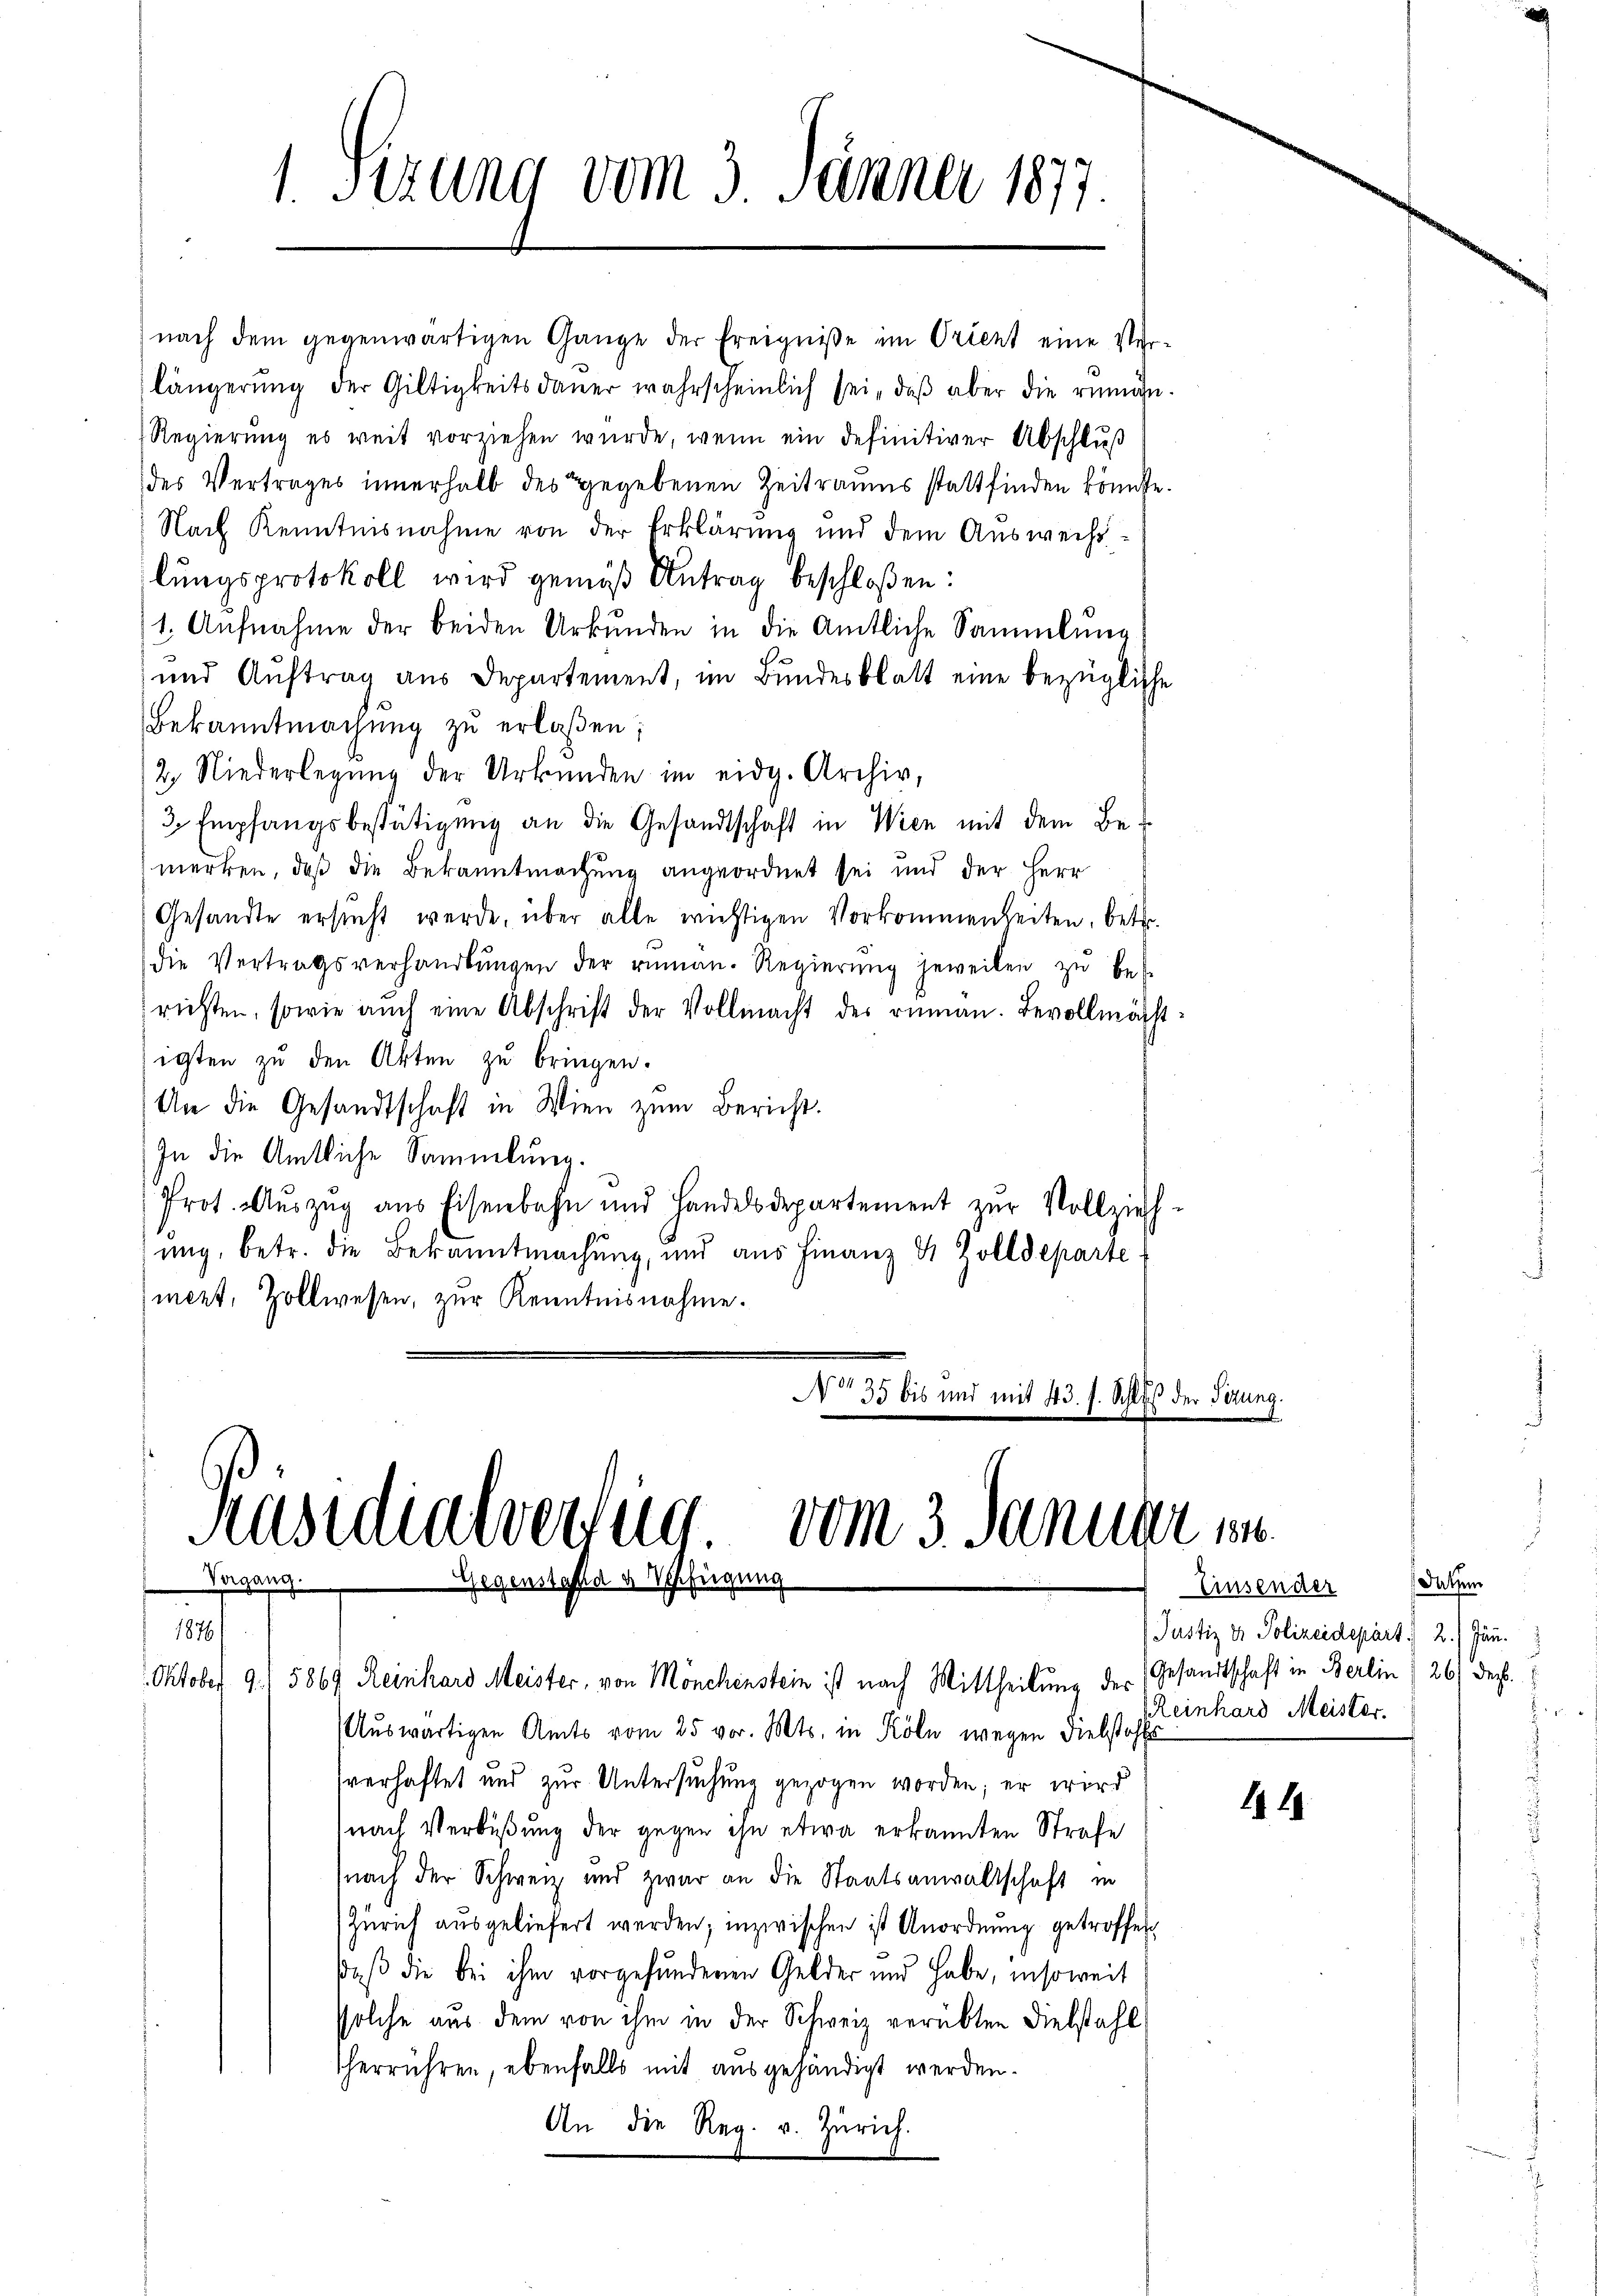
1. Sizung vom 3. Jänner 1877.

nach dem gegenwärtigen Gange der Ereigniße im Orient eine Ver-
längerŭng der Gültigkeitsdaŭer wahrscheinlich sei, daß aber die rumän¬
Regierung es weit vorziehen wurde, wenn ein definitiver Abschluß
des Vertrages innerhalb des gegebenen Zeitraums stattfinden könnte.
Nach Kenntnisnahme von der Erklärung und dem Auswechslungsprotokoll wird gemäß Antrag beschloßen:
1. Aufnahme der beiden Urkunden in die Amtliche Sammlung
und Auftrag aus Departement, im Bundesblatt eine bezügliche
Bekanntmachung zŭ erlaßen;
2. Niederlegŭng der Urkunden im eidg. Archiv,
3. Empfangsbestätigung an die Gesandtschaft in Wien mit dem Be-
merken, daß die Bekanntmachung angeordnet sei und der Herr
Gesandte ersucht werde, über alle wichtigen Vorkommenheiten, betr.
die Vertragsverhandlŭngen der riman. Regierŭng jeweilen zŭ be-
richten, sowie aŭch eine Abschrift der Vollmacht des riman. Bevollmächt
igten zu den Akten zu bringen.
An die Gesandtschaft in Wien zum Bericht.
In die Amtliche Sammlung.
Prot. Aŭszŭg aŭs Eisenbahn und Handelsdepartement zŭr Vollzieh-
ung, betr. die Bekanntmachung, und aus Finanz 4 Zolldeparte
mert, Zollwesen, zur Kenntnisnahme.
Noo 35 bis und mit 43. f. Schluß der Tizung.
Häsidialverzug.
vom 3. Januar 184.
Vergang
Gegenstand & Verfügung
1876/
Oktober 9. 5869 Reinhard Meister, von Mönchenstein ist nach Mittheilung der (Gesandtschaft in Berlin (26) Dec.
Auswärtigen Amts vom 25 vor. Mts. in Köln wegen Diebstahls
sverhaftet und zur Untersuchung gezogen worden; er wird
nach Verbüßung der gegen ihn etwa erkannten Strafe
nach der Schweiz und zwar an die Staatsanwaltschaft in
Zürich ausgeliefert werden; inzwischen ist Anordnung getroffen
daß die bei ihm vorgefundenen Gelder und habe, insoweit
solche aus dem von ihm in der Schweiz verübten Diebstahl
therrühren, ebenfalls mit ausgehändigt werden.
An die Reg. v. Zürich.

Datum
Einsender
Justiz & Polizeidepart. 2. Jun.
Reinhard Meister.
e

1444.